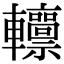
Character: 𨏸